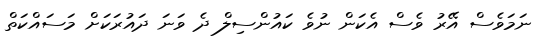
ނަމަވެސް އޭރު ވެސް އެކަން ނުވެ ކައުންސިލް ދެ ވަނަ ދައުރަކަށް މަސައްކަތް